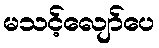
မသင့်လျော်ပေ